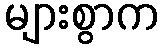
များစွာက